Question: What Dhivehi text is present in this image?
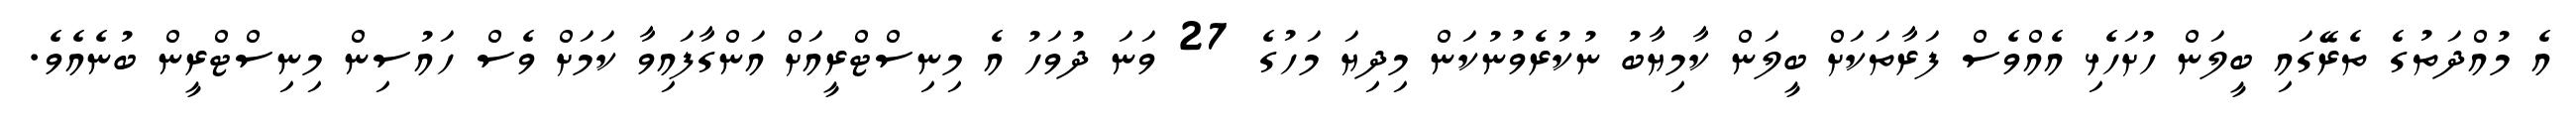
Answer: އެ މުއްދަތުގެ ތެރޭގައި ބީލަން ހުށަހެޅި އެއްވެސް ފަރާތަކަށް ބީލަން ކާމިޔާބު ނުކުރެވުނުކަން މިދިޔަ މަހުގެ 27 ވަނަ ދުވަހު އެ މިނިސްޓްރީއަށް އަންގާފައިވާ ކަމަށް ވެސް ހައުސިން މިނިސްޓްރީން ބުނެއެވެ.